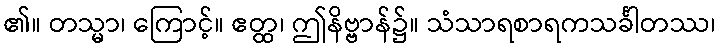
၏။ တသ္မာ၊ ကြောင့်။ ဧတ္ထ၊ ဤနိဗ္ဗာန်၌။ သံသာရစာရကသင်္ခါတဿ၊